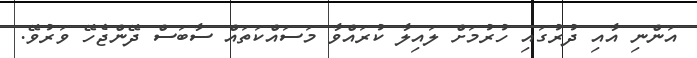
އަންނި އާއި ދުރުގައި ހުރުމަށް ލައިލާ ކުރައްވާ މަސައްކަތައް ސާބަސް ދޭންޖެހޭ ވަރުވޭ.